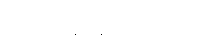
(အိမ်သစ်ခန်း၌ ရေးခဲ့ပြီ။)